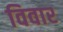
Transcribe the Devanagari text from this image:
विवार